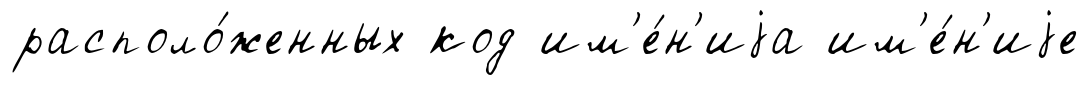
располо́женных код им'е́н'иjа им'е́н'иjе